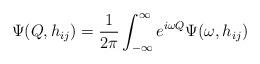
LaTeX: \begin{align*}\Psi(Q,h_{ij}) = \frac{1}{2\pi} \int_{-\infty}^{\infty} e^{i\omega Q}\Psi(\omega,h_{ij})\end{align*}